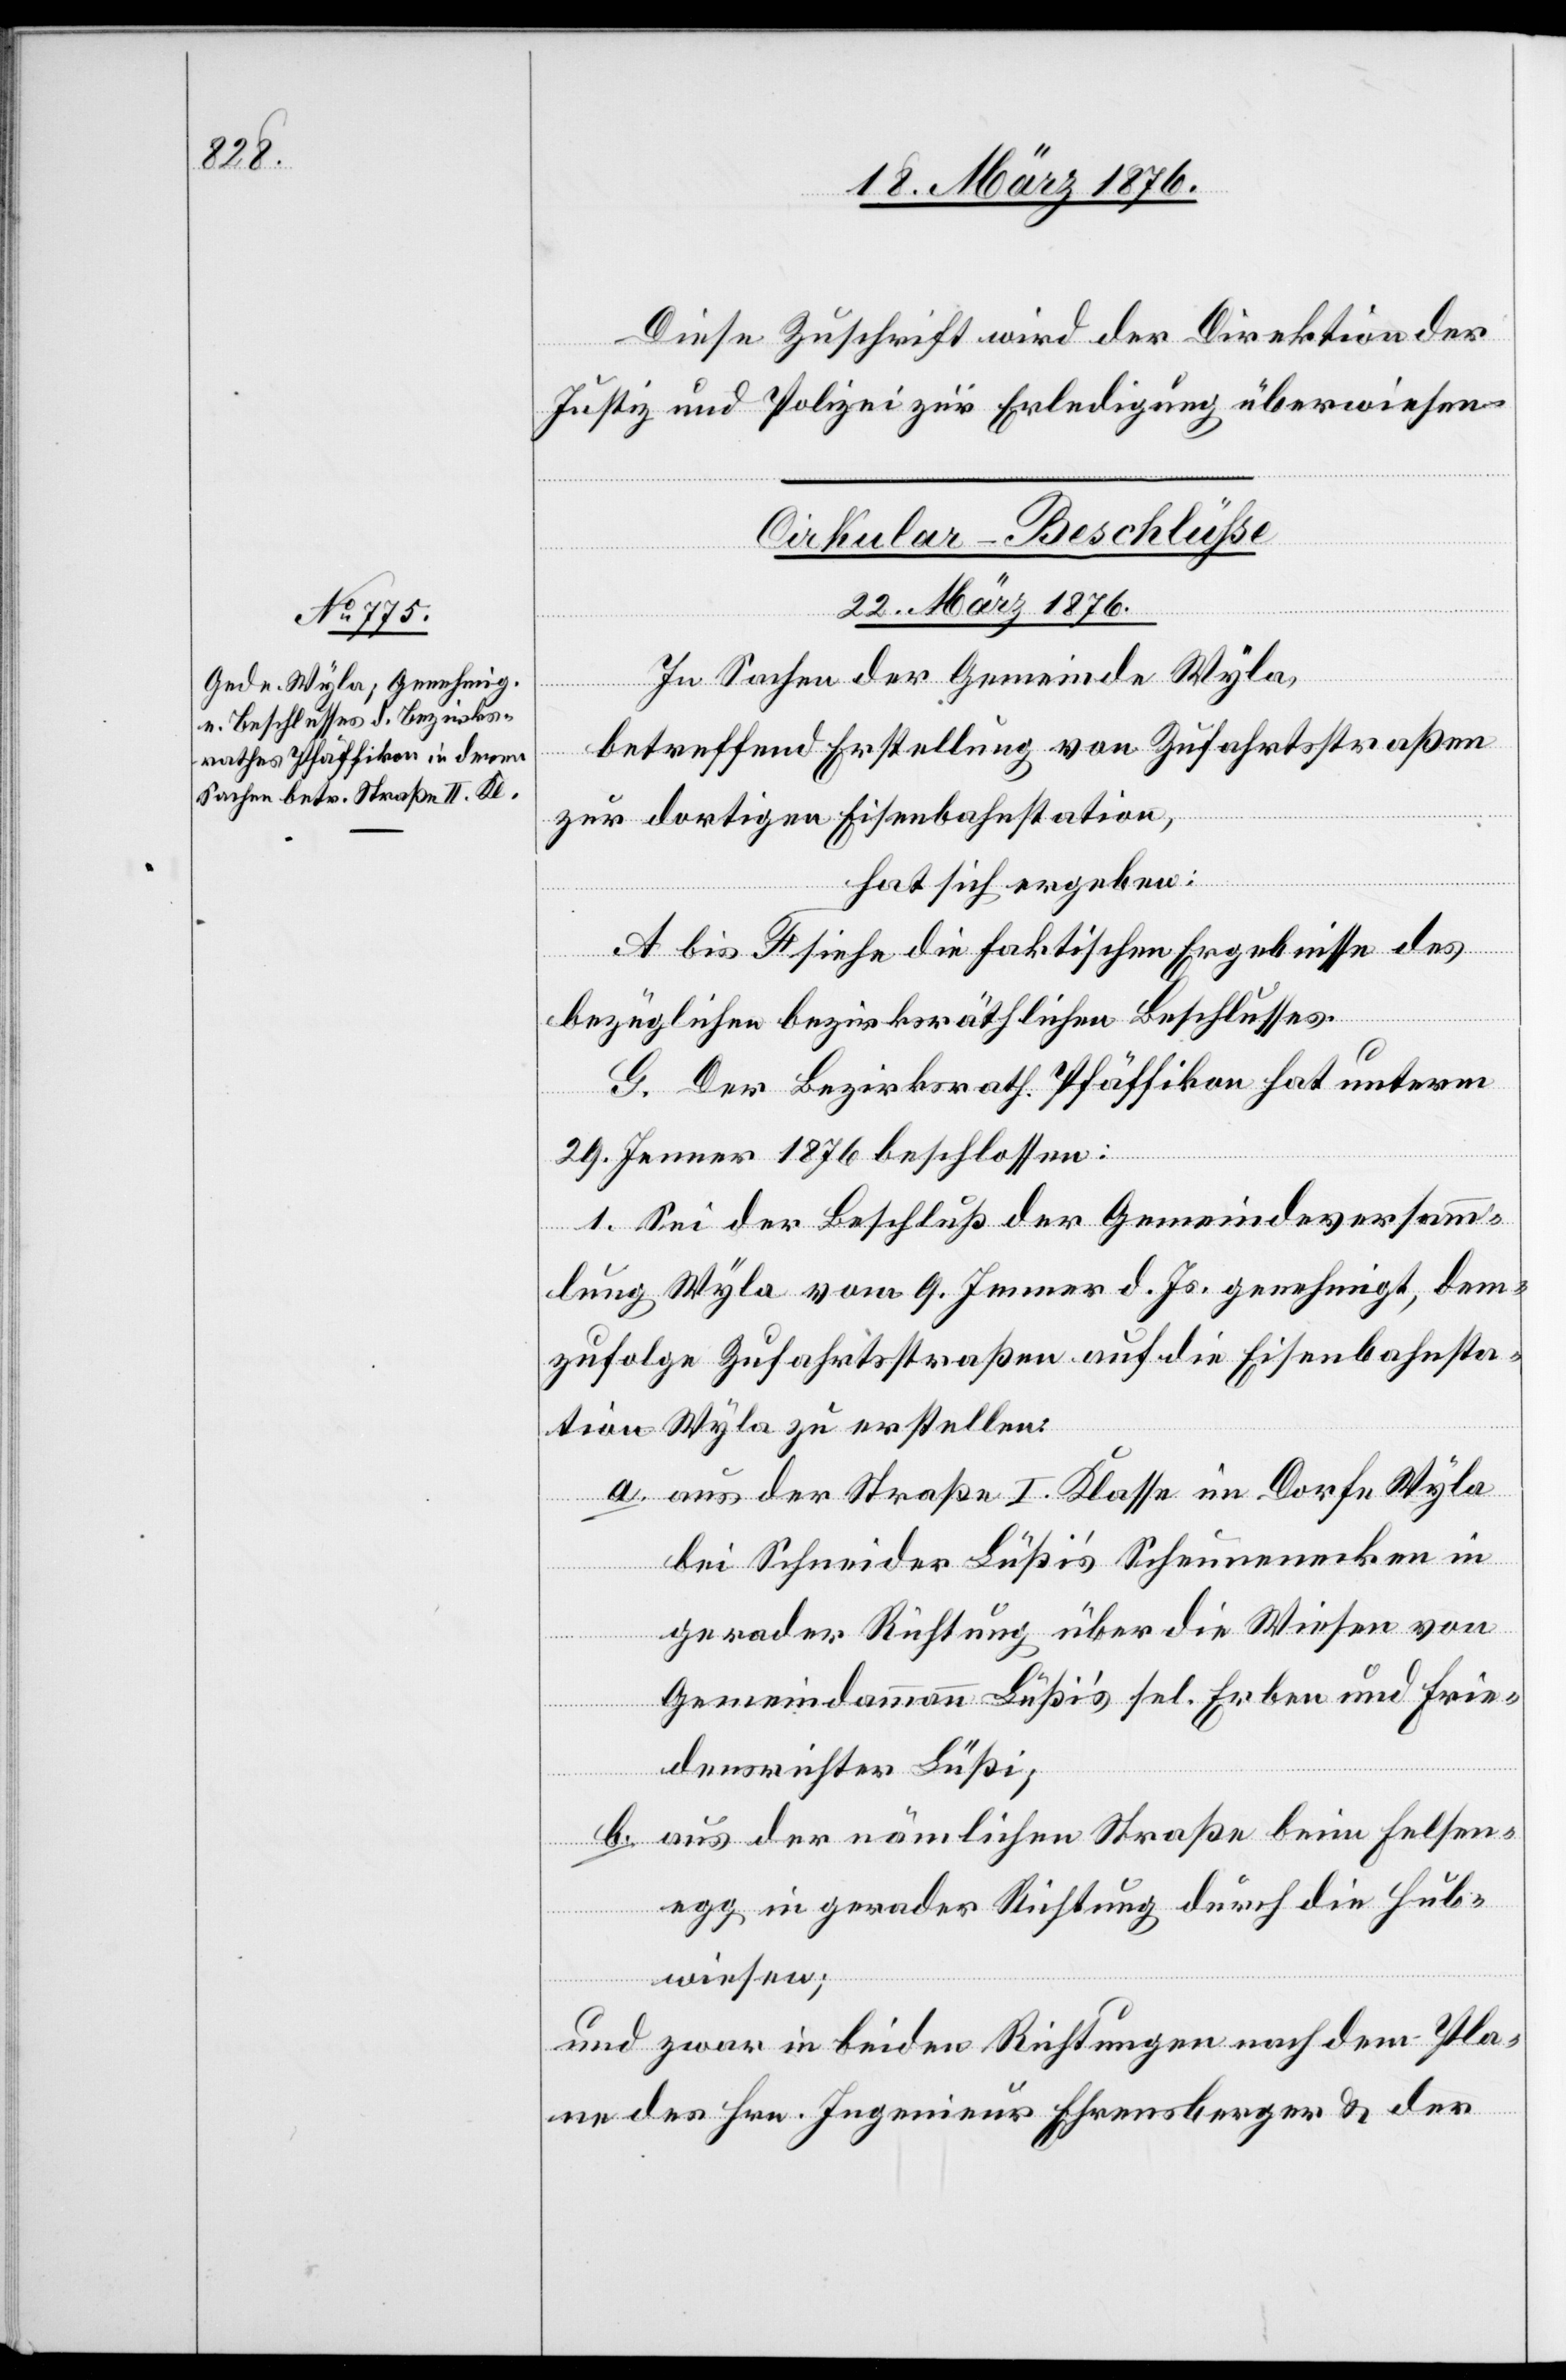
Diese Zuschrift wird der Direktion der
Justiz und Polizei zur Erledigung überwiesen.
Cirkular-Beschlüsse
22. März 1876.
In Sachen der Gemeinde Wyla,
betreffend Erstellung von Zufahrtsstraßen
zur dortigen Eisenbahnstation,
hat sich ergeben:
A bis F siehe die faktischen Ergebnisse des
bezüglichen bezirksräthlichen Beschlusses.
G. Der Bezirksrath Pfäffikon hat unterm
29. Jenner 1876 beschlossen:
1. Sei der Beschluß der Gemeindeversamm¬
lung Wyla vom 9. Jenner d. Js. genehmigt, dem¬
zufolge Zufahrtstraßen auf die Eisenbahnsta¬
tion Wyla zu erstellen:
a. aus der Straße I. Klasse im Dorfe Wyla
bei Schneider Lüßi’s Scheunenecken in
gerader Richtung über die Wiese von
Gemeindeammann Lüßi’s sel. Erben und Frie¬
densrichter Lüßi;
b. aus der nämlichen Straße beim Felsen¬
egg in gerader Richtung durch die Hub¬
wiesen;
und zwar in beide Richtungen nach dem Pla¬
ne des Hrn. Ingenieur Ehrenberger & der